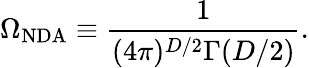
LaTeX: \Omega_{\mathrm{NDA}}\equiv\frac{1}{(4\pi)^{D/2}\Gamma(D/2)}.